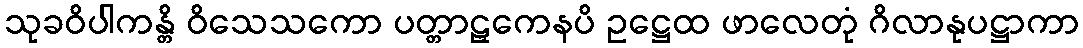
သုခဝိပါကန္တိ ဝိသေသကော ပတ္တာဠှကေနပိ ဥဋ္ဌေထ ဖာလေတုံ ဂိလာနုပဋ္ဌာကာ